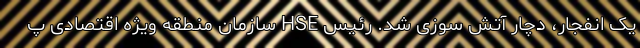
یک انفجار، دچار آتش سوزی شد. رئیس HSE سازمان منطقه ویژه اقتصادی پ